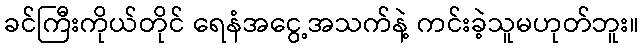
ခင်ကြီးကိုယ်တိုင် ရေနံအငွေ့အသက်နဲ့ ကင်းခဲ့သူမဟုတ်ဘူး။